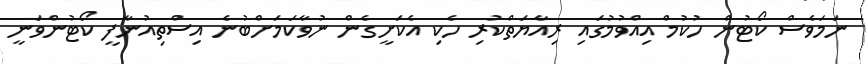
ނަމަވެސް ކޯޓުން ހުކުމް އިއްވުމުގައި ރިއާޔަތްކުރި ހެކި އެކަށީގެން ނުވާކަމަށްބުނެ އިސްތިއުނާފީ ކޯޓުންވަނީ